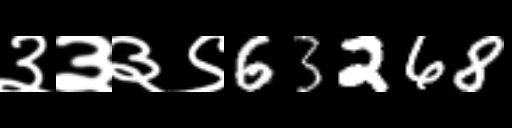
Text: ३३३९63268